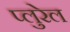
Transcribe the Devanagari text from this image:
प्लुरेल